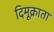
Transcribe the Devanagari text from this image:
दिमूक्राता